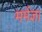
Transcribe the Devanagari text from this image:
मर्मज्ञ।